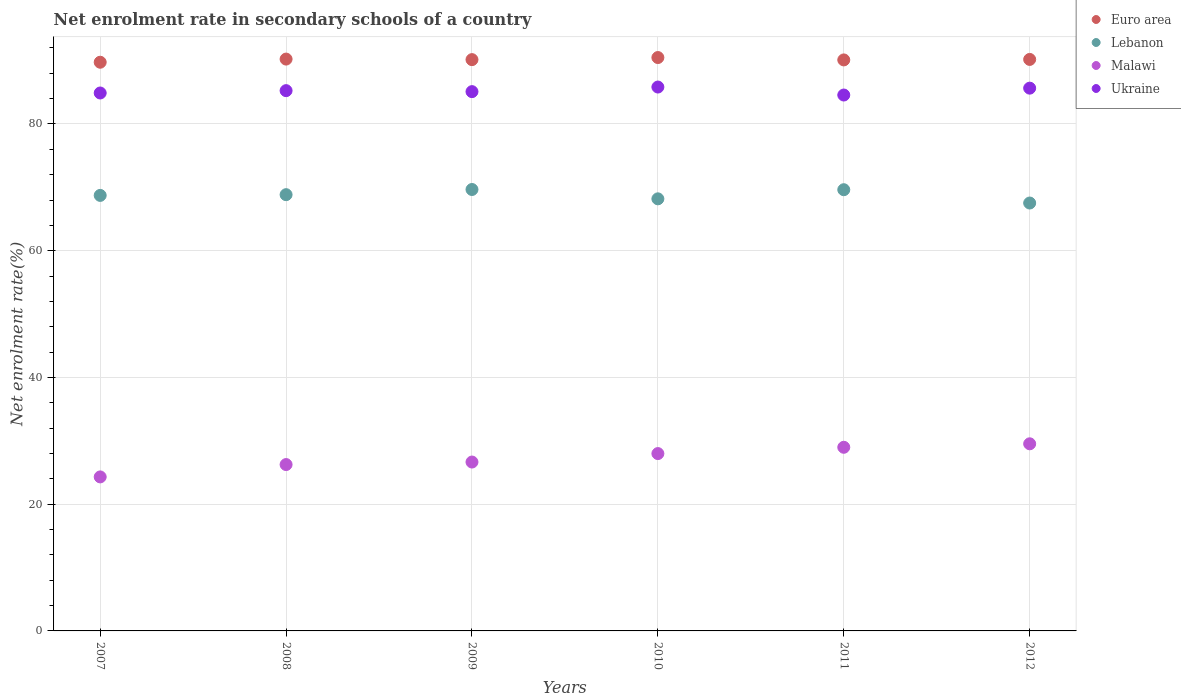
| Years | Euro area | Lebanon | Malawi | Ukraine |
 | --- | --- | --- | --- | --- |
 | 2007 | 89.7 | 68.7 | 24.3 | 84.9 |
 | 2008 | 90.2 | 68.8 | 26.3 | 85.3 |
 | 2009 | 90.2 | 69.7 | 26.6 | 85.1 |
 | 2010 | 90.5 | 68.2 | 28 | 85.8 |
 | 2011 | 90.1 | 69.6 | 29 | 84.6 |
 | 2012 | 90.2 | 67.5 | 29.5 | 85.6 |